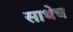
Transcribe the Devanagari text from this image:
साधेच